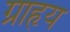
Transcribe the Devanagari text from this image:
ग्राहृय